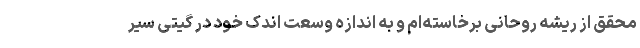
محقق از ریشه روحانی برخاسته‌ام و به اندازه وسعت اندک خود در گیتی سیر